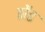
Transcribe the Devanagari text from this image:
झेंड